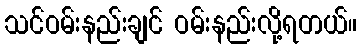
သင်ဝမ်းနည်းချင် ဝမ်းနည်းလို့ရတယ်။